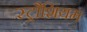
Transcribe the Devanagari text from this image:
स्ट्रौशियम